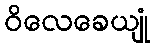
ဝိလေခေယျုံ